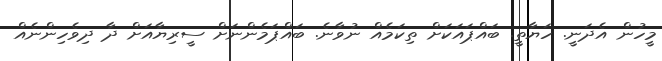
މީހުން އެދަނީ. ހަޔާތީ. ބައްޕައަކަށް ތިކަމެއް ނުވާނެ. ބައްޕަމެންނަށް ސީރިޔާއަށް ދާ ދިވެހިންނެއް